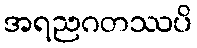
အရညဂတဿပိ